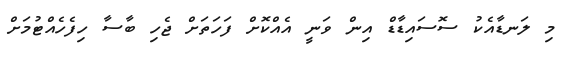
މި ލަނޑާއެކު ސޮސައިޑާޑް އިން ވަނީ އެއްކޮށް ފަހަތަށް ޖެހި ބާސާ ހިފެހެއްޓުމަށް